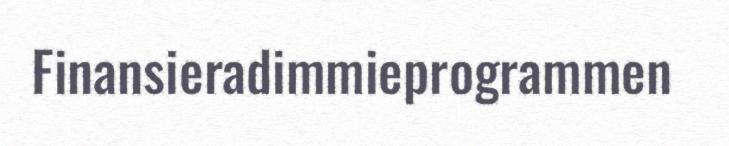
Finansieradimmieprogrammen